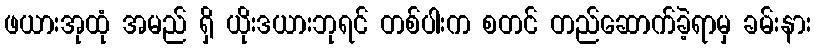
ဖယားအုထုံ အမည် ရှိ ယိုးဒယားဘုရင် တစ်ပါးက စတင် တည်ဆောက်ခဲ့ရာမှ ခမ်းနား